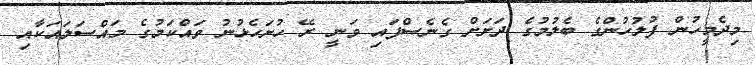
މިދެމީހުން ފުލުހުންގެ ބެލުމުގެ ދަށަށް ގެނެސްފައި ވަނީ ރޭ ހުށަހެޅުނު ވައްކަމުގެ މައްސަލައަކާއި